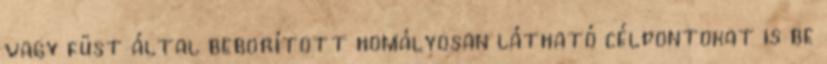
vagy füst által beborított homályosan látható célpontokat is be